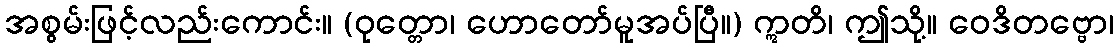
အစွမ်းဖြင့်လည်းကောင်း။ (ဝုတ္တော၊ ဟောတော်မူအပ်ပြီ။) ဣတိ၊ ဤသို့။ ဝေဒိတဗ္ဗော၊